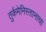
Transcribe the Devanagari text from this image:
तुर्कमेनिस्तानाचा